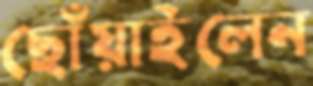
ছোঁয়াইলেন